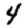
Digit: 4